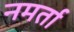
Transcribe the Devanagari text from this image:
नमर्ता